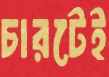
চারটেই